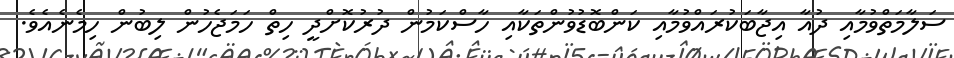
ސަލާމަތްވުމާއި ދުއާ އިޖާބަކުރައްވުމާއި ކަންބޮޑުވުންތަކާއި ހާސްކަމުން ދުރުކޮށްދީ ހިތް ހަމަޖެހުން ލިބުން ހިމެނެއެވެ.